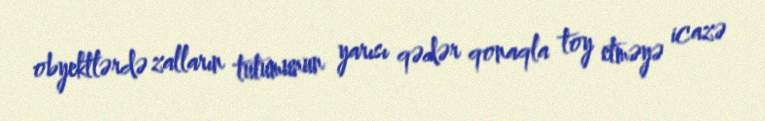
obyektlərdə zalların tutumunun yarısı qədər qonaqla toy etməyə icazə